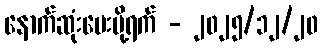
နောက်ဆုံးပေးပို့ရက် - ၂၀၂၅/၁၂/၂၀